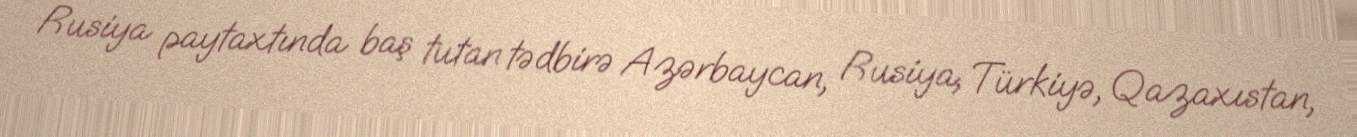
Rusiya paytaxtında baş tutan tədbirə Azərbaycan, Rusiya, Türkiyə, Qazaxıstan,